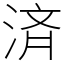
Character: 済